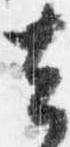
去